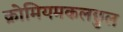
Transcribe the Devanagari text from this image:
क्रोमियमकलछुल